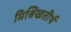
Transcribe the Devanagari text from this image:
मिश्रिखतीर्थ